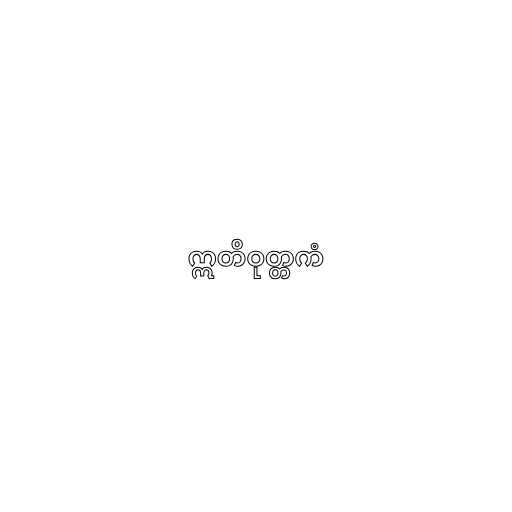
ဣတိဝုတ္တကံ